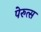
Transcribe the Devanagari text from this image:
पेरुत्स